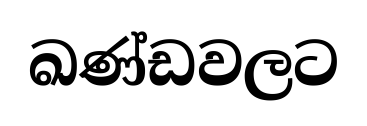
ඛණ්ඩවලට